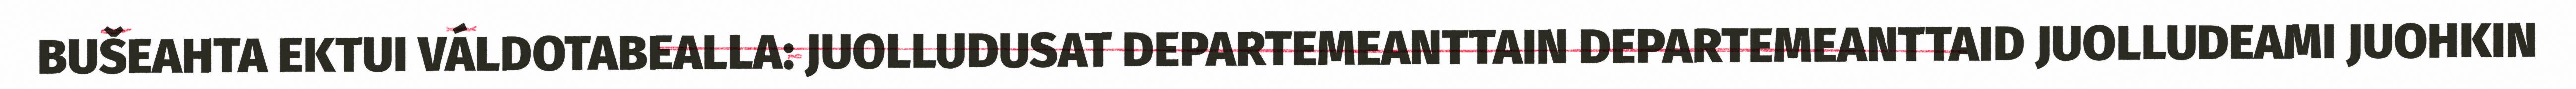
BUŠEAHTA EKTUI VÁLDOTABEALLA: JUOLLUDUSAT DEPARTEMEANTTAIN DEPARTEMEANTTAID JUOLLUDEAMI JUOHKIN